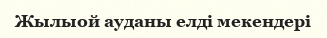
Жылыой ауданы елді мекендері